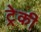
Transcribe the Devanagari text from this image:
ट्रेकी